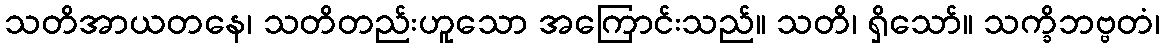
သတိအာယတနေ၊ သတိတည်းဟူသော အကြောင်းသည်။ သတိ၊ ရှိသော်။ သက္ခိဘဗ္ဗတံ၊